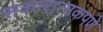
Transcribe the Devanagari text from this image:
सकारात्मकपणे